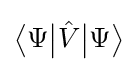
{\big \langle }\Psi {\big |}{\hat {V}}{\big |}\Psi {\big \rangle }